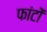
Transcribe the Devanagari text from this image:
फांटों